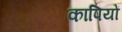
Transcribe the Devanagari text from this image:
कापियों